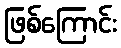
ဖြစ်ကြောင်း